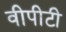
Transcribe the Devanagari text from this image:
वीपीटी